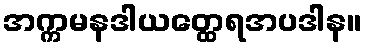
အက္ကမနဒါယတ္ထေရအပဒါန။